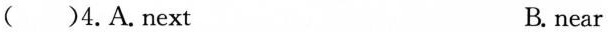
( )4.A.next B. near